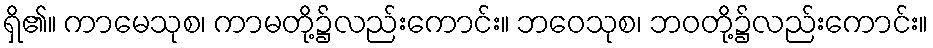
ရှိ၏။ ကာမေသုစ၊ ကာမတို့၌လည်းကောင်း။ ဘဝေသုစ၊ ဘဝတို့၌လည်းကောင်း။